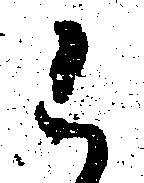
候